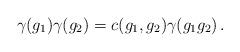
LaTeX: \begin{align*}\gamma(g_1)\gamma(g_2)=c(g_1,g_2)\gamma(g_1g_2)\,.\end{align*}